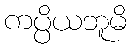
ကပ္ပိယဘူမိ